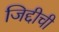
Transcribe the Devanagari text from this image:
जिद्दीची